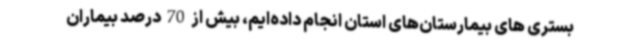
بستری های بیمارستان‌های استان انجام داده‌ایم، بیش از 70 درصد بیماران